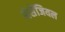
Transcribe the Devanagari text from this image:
मेसैंजियल